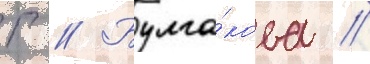
Г // Булга́кова /